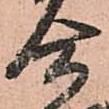
合